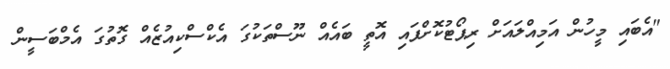
"އެބައި މީހުން އަމިއްލައަށް ރިޕޯޓުކޮށްފައި އޮތީ ބައެއް ނޫސްތަކުގަ އެކްސްކިއުޒެއް ގޮތުގަ އެމްބަސީން